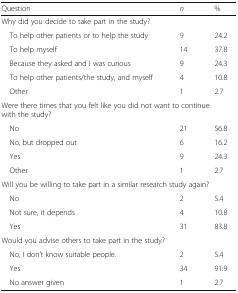
<table><thead><tr><td><b>Question</b></td><td><b><i>n</i></b></td><td><b>%</b></td></tr></thead><tbody><tr><td colspan="3">Why did you decide to take part in the study?</td></tr><tr><td> To help other patients or to help the study</td><td>9</td><td>24.2</td></tr><tr><td> To help myself</td><td>14</td><td>37.8</td></tr><tr><td> Because they asked and I was curious</td><td>9</td><td>24.3</td></tr><tr><td> To help other patients/the study, and myself</td><td>4</td><td>10.8</td></tr><tr><td> Other</td><td>1</td><td>2.7</td></tr><tr><td colspan="3">Were there times that you felt like you did not want to continue with the study?</td></tr><tr><td> No</td><td>21</td><td>56.8</td></tr><tr><td> No, but dropped out</td><td>6</td><td>16.2</td></tr><tr><td> Yes</td><td>9</td><td>24.3</td></tr><tr><td> Other</td><td>1</td><td>2.7</td></tr><tr><td colspan="3">Will you be willing to take part in a similar research study again?</td></tr><tr><td> No</td><td>2</td><td>5.4</td></tr><tr><td> Not sure, it depends</td><td>4</td><td>10.8</td></tr><tr><td> Yes</td><td>31</td><td>83.8</td></tr><tr><td colspan="3">Would you advise others to take part in the study?</td></tr><tr><td> No, I don’t know suitable people.</td><td>2</td><td>5.4</td></tr><tr><td> Yes</td><td>34</td><td>91.9</td></tr><tr><td> No answer given</td><td>1</td><td>2.7</td></tr></tbody></table>